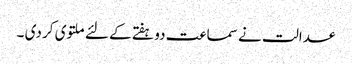
عدالت نے سماعت دو ہفتے کے لئے ملتوی کر دی ۔